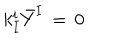
LaTeX: k _ { I } ^ { i } { \bar { Y } } ^ { I } \, = \, 0